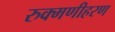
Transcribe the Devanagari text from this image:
रुक्मणीहरण